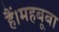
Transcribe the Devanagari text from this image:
हैं।महबूबा